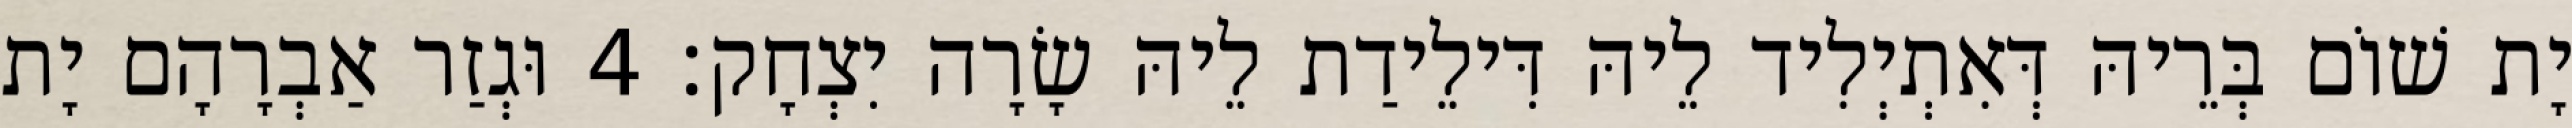
יָת שׁוֹם בְּרֵיהּ דְּאִתְיְלִיד לֵיהּ דִּילֵידַת לֵיהּ שָׂרָה יִצְחָק׃ 4 וּגְזַר אַבְרָהָם יָת